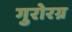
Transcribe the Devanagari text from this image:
गुरोरग्र